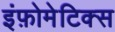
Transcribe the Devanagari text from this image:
इंफ़ोमेटिक्स